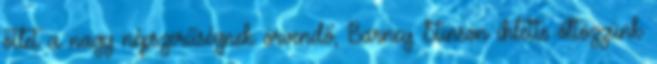
ötlet a nagy népszerűségnek örvendő, Barney Stinson ihlette öltözzünk